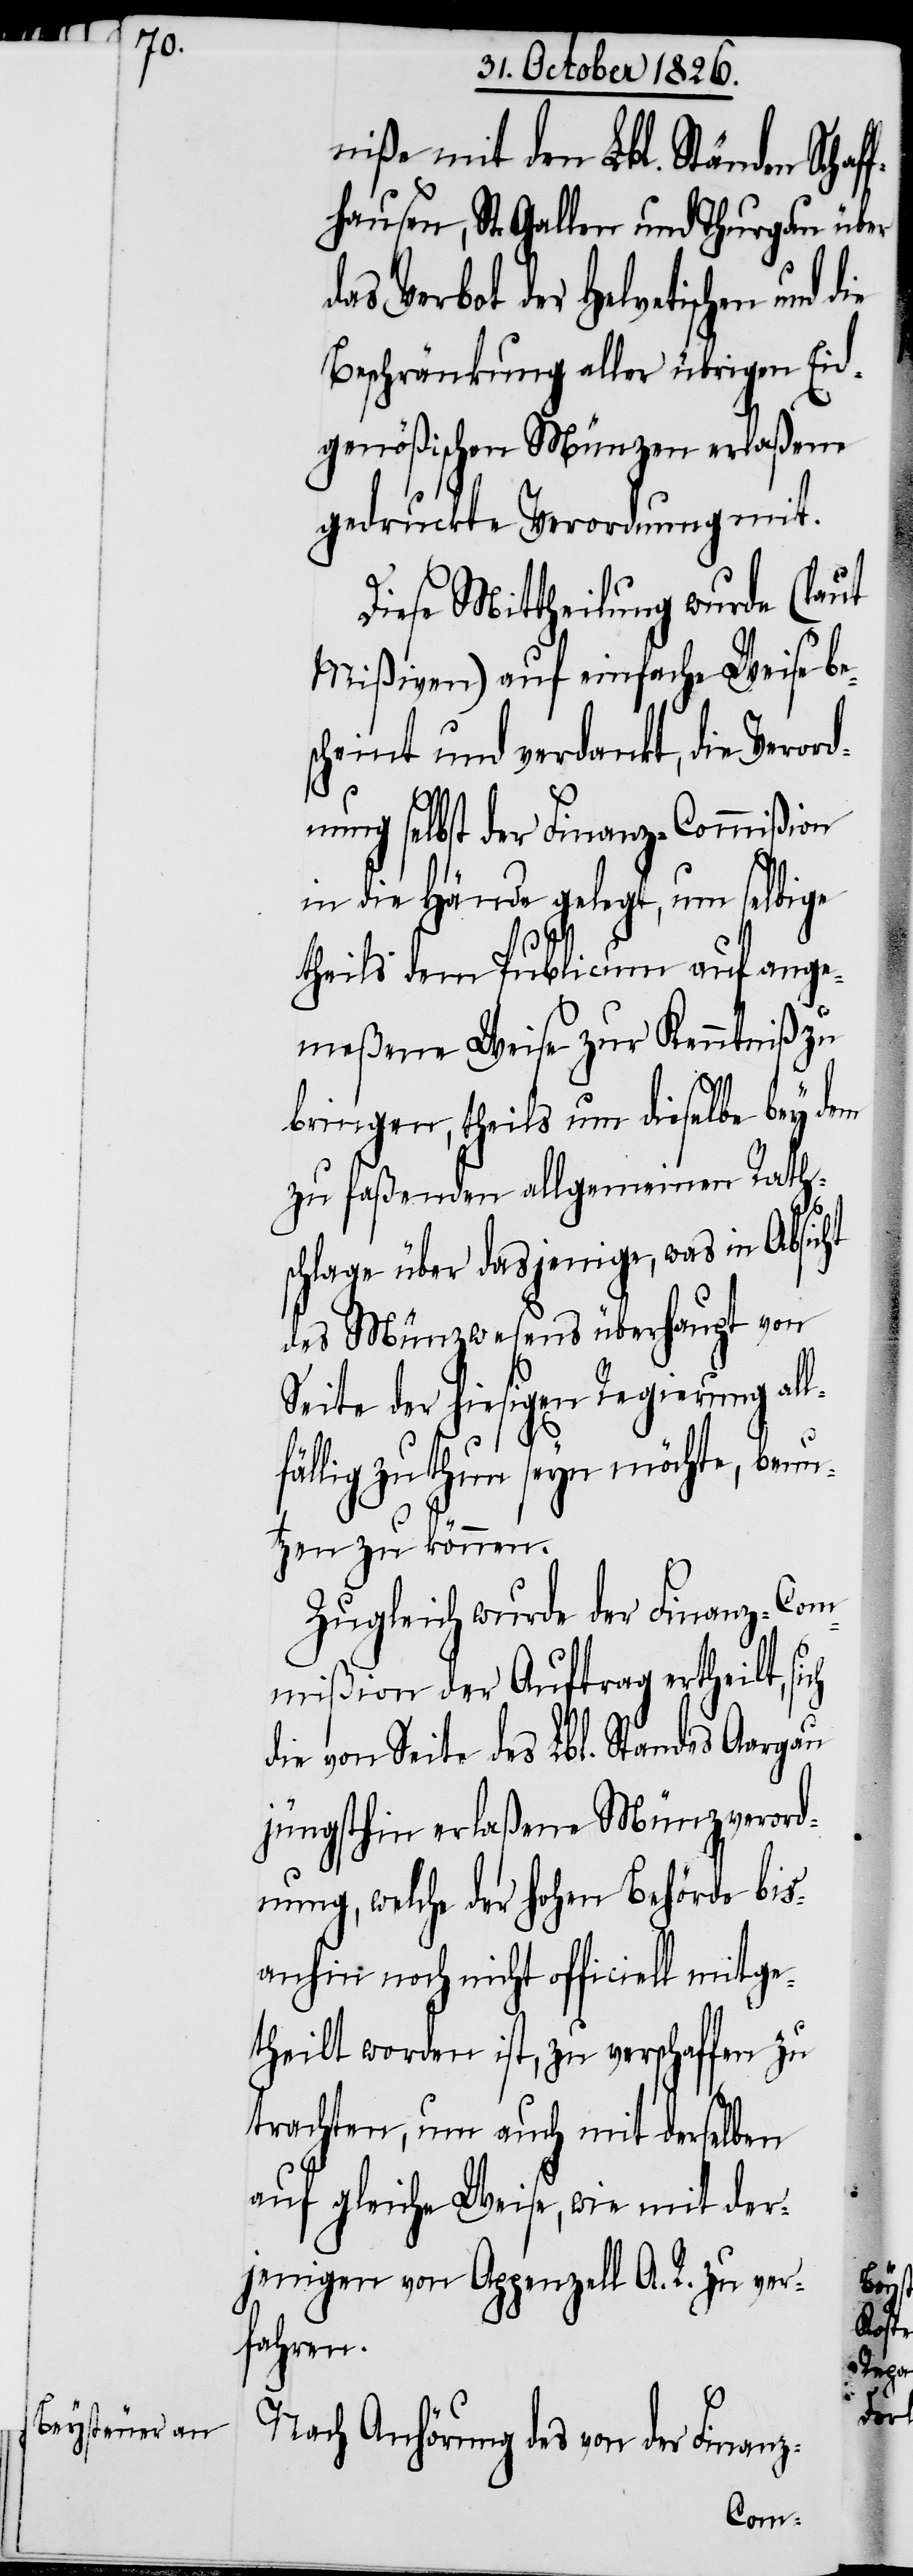
niße mit den Lbl. Ständen Schaf¬
fhausen, St. Gallen und Thurgau über
das Verbot der Helvetischen und
Beschränkung aller übrigen Eid¬
genößischen Münzen erlaßene
gedruckte Verordnung mit.
Diese Mittheilung wurde (laut
Mißiven) auf einfache Weise be¬
scheint und verdankt, die Verord¬
nung selbst der Finanz-Commißion
in die Hände gelegt, um selbige
theils dem Publicum auf ange¬
meßene Weise zur Kenntniß zu
bringen, theils um dieselbe bey dem
zu faßenden allgemeinen Raths¬
chlage über dasjenige, was in Absicht
des Münzwesens überhaupt von
Seite der hiesigen Regierung all¬
fällig zu thun seyn möchte, benu¬
tzen zu können.
Zugleich wurde der Finanz-Com¬
sich
mißion der Auftrag ertheilt,
die von Seite des Lbl. Standes Aargau
jüngsthin erlaßene Münzverord¬
nung, welche der hohen Behörde bis¬
anhin noch nicht officiell mitge¬
theilt worden ist, zu verschaffen zu
trachten, um auch mit derselben
auf gleiche Weise, wie mit der¬
jenigen von Appenzell A. R. zu ver¬
fahren.
Nach Anhörung des von der Finanz-